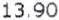
13.90